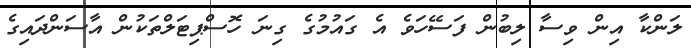
ލަންކާ އިން ވިސާ ލިބުން ފަސޭހަވެ އެ ގައުމުގެ ގިނަ ހޮސްޕިޓަލްތަކުން އާސަންދައިގެ